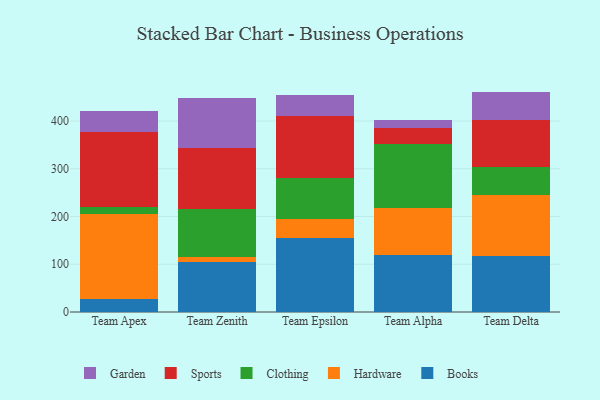
{"axis": {"x": "Team", "y": "Page Views"}, "legend": ["Books", "Clothing", "Garden", "Hardware", "Sports"], "data": [{"x": "Team Apex", "y": 27.3, "type": "Books"}, {"x": "Team Apex", "y": 177.2, "type": "Hardware"}, {"x": "Team Apex", "y": 14.4, "type": "Clothing"}, {"x": "Team Apex", "y": 158.5, "type": "Sports"}, {"x": "Team Apex", "y": 44.1, "type": "Garden"}, {"x": "Team Zenith", "y": 104.7, "type": "Books"}, {"x": "Team Zenith", "y": 10.3, "type": "Hardware"}, {"x": "Team Zenith", "y": 101.6, "type": "Clothing"}, {"x": "Team Zenith", "y": 126.0, "type": "Sports"}, {"x": "Team Zenith", "y": 105.2, "type": "Garden"}, {"x": "Team Epsilon", "y": 154.2, "type": "Books"}, {"x": "Team Epsilon", "y": 39.9, "type": "Hardware"}, {"x": "Team Epsilon", "y": 86.5, "type": "Clothing"}, {"x": "Team Epsilon", "y": 129.9, "type": "Sports"}, {"x": "Team Epsilon", "y": 45.0, "type": "Garden"}, {"x": "Team Alpha", "y": 118.9, "type": "Books"}, {"x": "Team Alpha", "y": 98.2, "type": "Hardware"}, {"x": "Team Alpha", "y": 133.8, "type": "Clothing"}, {"x": "Team Alpha", "y": 33.6, "type": "Sports"}, {"x": "Team Alpha", "y": 16.6, "type": "Garden"}, {"x": "Team Delta", "y": 116.3, "type": "Books"}, {"x": "Team Delta", "y": 129.7, "type": "Hardware"}, {"x": "Team Delta", "y": 56.7, "type": "Clothing"}, {"x": "Team Delta", "y": 99.9, "type": "Sports"}, {"x": "Team Delta", "y": 59.0, "type": "Garden"}]}